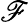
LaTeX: \mathscr{F}